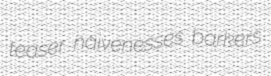
teaser naivenesses barkers